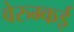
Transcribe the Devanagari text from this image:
वेरुम्कई